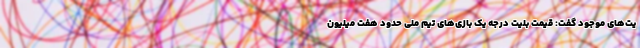
یت‌های موجود گفت: قیمت بلیت درجه یک بازی‌های تیم ملی حدود هفت میلیون